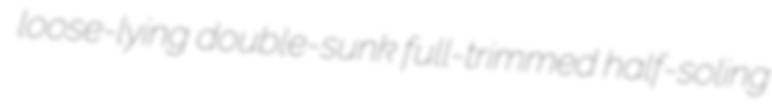
loose-lying double-sunk full-trimmed half-soling